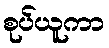
စုပ်ယူကာ